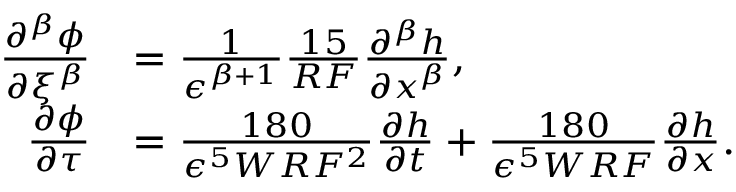
\begin{array} { r l } { \frac { \partial ^ { \beta } \phi } { \partial \xi ^ { \beta } } } & { = \frac { 1 } { \epsilon ^ { \beta + 1 } } \frac { 1 5 } { R F } \frac { \partial ^ { \beta } h } { \partial x ^ { \beta } } , } \\ { \frac { \partial \phi } { \partial \tau } } & { = \frac { 1 8 0 } { \epsilon ^ { 5 } W R F ^ { 2 } } \frac { \partial h } { \partial t } + \frac { 1 8 0 } { \epsilon ^ { 5 } W R F } \frac { \partial h } { \partial x } . } \end{array}